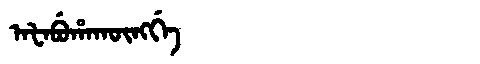
Manchu: ᠠᡶᠠᠪᡠᡥᠠᡴᡡᠩᡤᡝ
Romanization: AFABUHAKŪNGGE